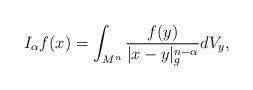
LaTeX: \begin{align*} I_\alpha f(x)=\int_{M^n}\frac{f(y)}{|x-y|_g^{n-\alpha}}dV_y,\\ \end{align*}